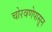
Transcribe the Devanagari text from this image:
चोरवणेपासून